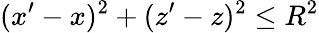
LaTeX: (x^{\prime}-x)^{2}+(z^{\prime}-z)^{2}\leq R^{2}